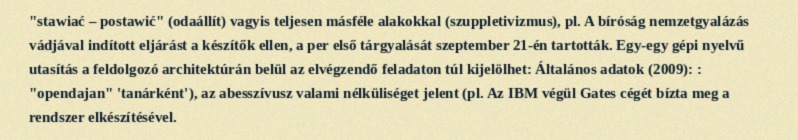
"stawiać – postawić" (odaállít) vagyis teljesen másféle alakokkal (szuppletivizmus), pl. A bíróság nemzetgyalázás vádjával indított eljárást a készítők ellen, a per első tárgyalását szeptember 21-én tartották. Egy-egy gépi nyelvű utasítás a feldolgozó architektúrán belül az elvégzendő feladaton túl kijelölhet: Általános adatok (2009): : "opendajan" 'tanárként'), az abesszívusz valami nélküliséget jelent (pl. Az IBM végül Gates cégét bízta meg a rendszer elkészítésével.